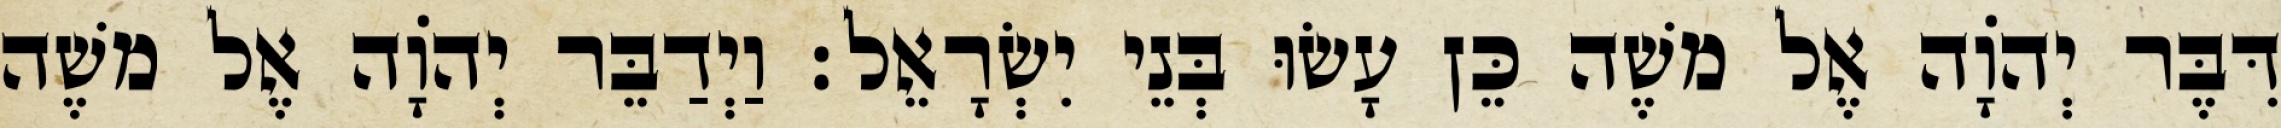
דִּבֶּר יְהוָֹה אֶל משֶׁה כֵּן עָשׂוּ בְּנֵי יִשְׂרָאֵל׃ וַיְדַבֵּר יְהוָֹה אֶל משֶׁה